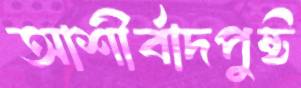
আশীর্বাদপুষ্ট